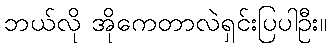
ဘယ်လို အိုကေတာလဲရှင်းပြပါဦး။